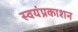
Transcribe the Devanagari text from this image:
स्वयंप्रकाशन